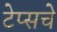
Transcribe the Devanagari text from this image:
टेप्सचे